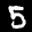
Label: 5